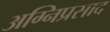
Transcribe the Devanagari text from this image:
अग्निप्रसाद